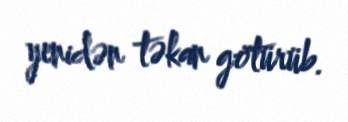
yenidən təkan götürüb.